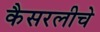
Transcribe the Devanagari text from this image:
कैसरलीचे